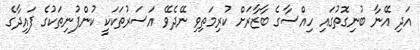
އަދި އޭނާ ބުނިގޮތުގައި ހިއްސާގެ ބާޒާރަށް ކުރިމަތިވި ނޭދެވޭ އަސަރުތަކަކީ ކުންފުނިތަކުގެ ފައިދާގެ